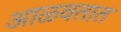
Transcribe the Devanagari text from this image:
आळवतात